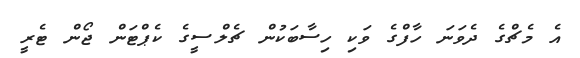
އެ މެޗްގެ ދެވަނަ ހާފްގެ ވަކި ހިސާބަކުން ޗެލްސީގެ ކެޕްޓަން ޖޯން ޓެރީ